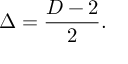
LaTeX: \Delta = { \frac { D - 2 } { 2 } } .